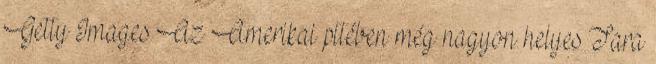
Getty Images Az Amerikai pitében még nagyon helyes Tara